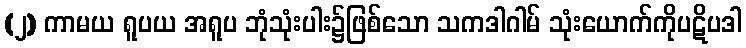
(၂) ကာမယ ရူပယ အရူပ ဘုံသုံးပါး၌ဖြစ်သော သကဒါဂါမ် သုံးယောက်ကိုပဋိပဒါ